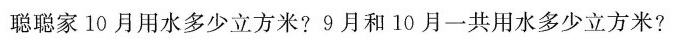
聪聪家10月用水多少立方米?9月和10月一共用水多少立方米?